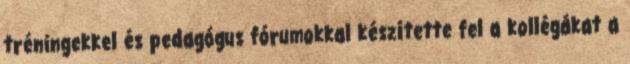
tréningekkel és pedagógus fórumokkal készítette fel a kollégákat a